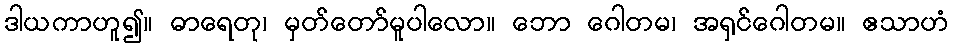
ဒါယကာဟူ၍။ ဓာရေတု၊ မှတ်တော်မူပါလော။ ဘော ဂေါတမ၊ အရှင်ဂေါတမ။ ဧသာဟံ